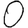
Digit: 0